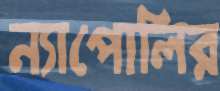
ন্যাপোলির